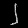
Digit: ၂